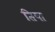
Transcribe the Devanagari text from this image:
तिषा